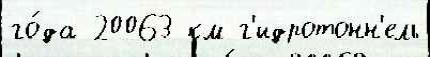
го́да 20063 км г'идротонн'ель